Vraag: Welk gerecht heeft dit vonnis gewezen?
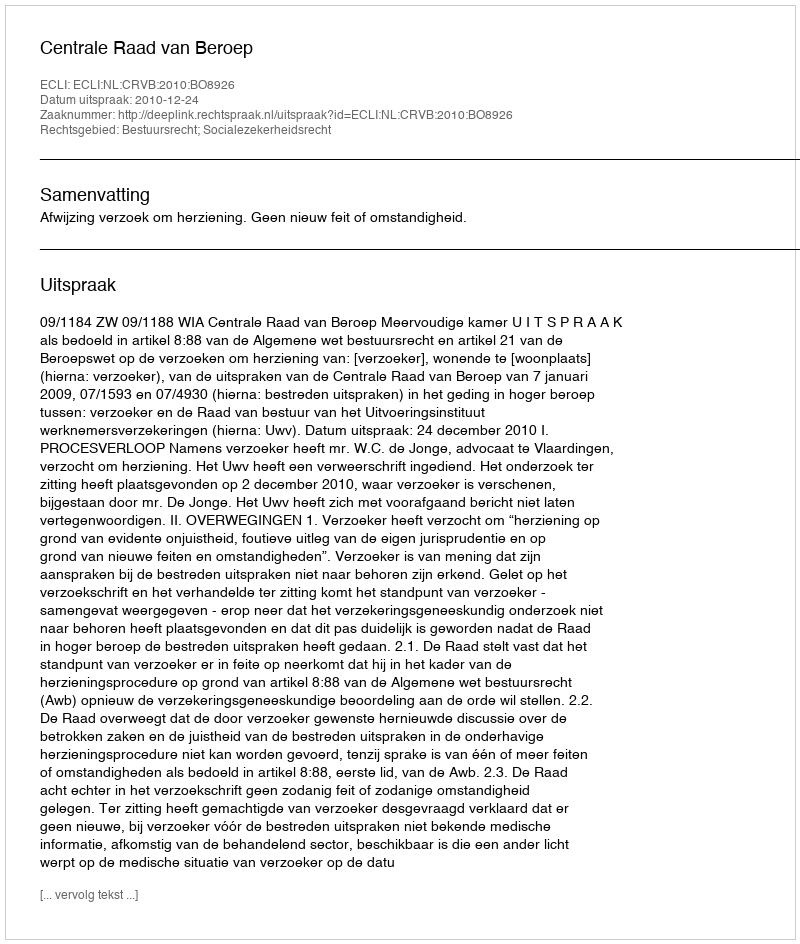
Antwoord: Centrale Raad van Beroep